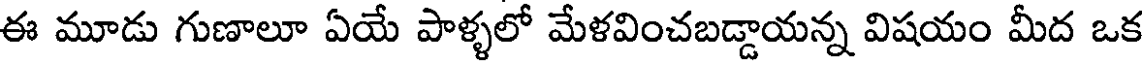
ఈ మూడు గుణాలూ ఏయే పాళ్ళలో మేళవించబడ్డాయన్న విషయం మీద ఒక